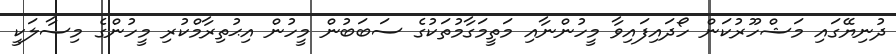
ދުނިޔޭގައި މަޝްހޫރުކަން ހޯދައިފައިވާ މީހުންނާއި މަތީމަގާމުތަކުގެ ސަބަބުން މީހުން އިޙުތިރާމްކުރި މީހުންގެ މިސާލަކީ